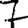
Digit: 7